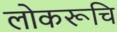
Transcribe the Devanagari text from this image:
लोकरूचि